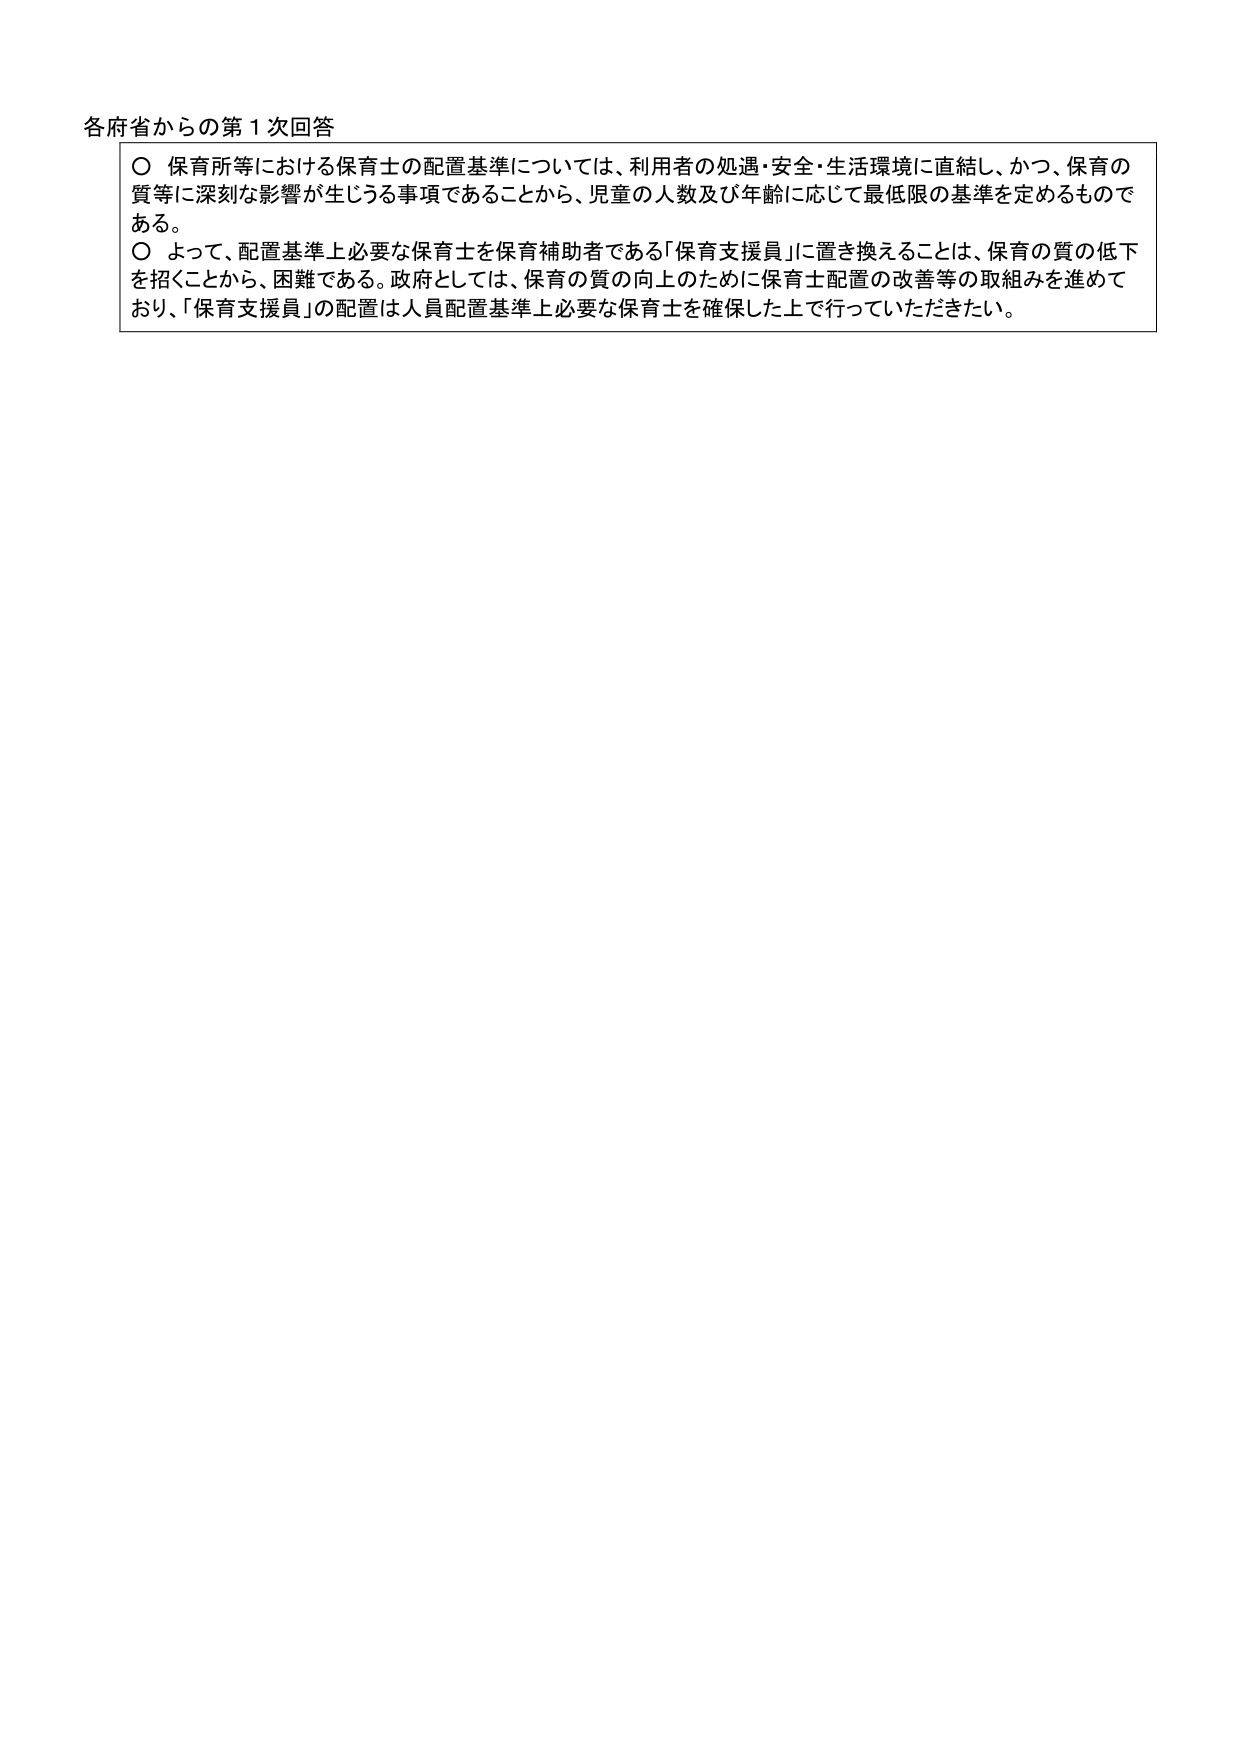
各府省からの第１次回答

○ 保育所等における保育士の配置基準については、利用者の処遇・安全・生活環境に直結し、かつ、保育の質等に深刻な影響が生じうる事項であることから、児童の人数及び年齢に応じて最低限の基準を定めるものである。

○ よって、配置基準上必要な保育士を保育補助者である「保育支援員」に置き換えることは、保育の質の低下を招くことから、困難である。政府としては、保育の質の向上のために保育士配置の改善等の取組みを進めており、「保育支援員」の配置は人員配置基準上必要な保育士を確保した上で行っていただきたい。